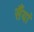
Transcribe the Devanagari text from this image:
सैंयां